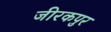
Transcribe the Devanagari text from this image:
जीरकपुर